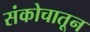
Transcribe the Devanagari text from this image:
संकोचातून